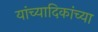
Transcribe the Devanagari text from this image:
यांच्यादिकांच्या